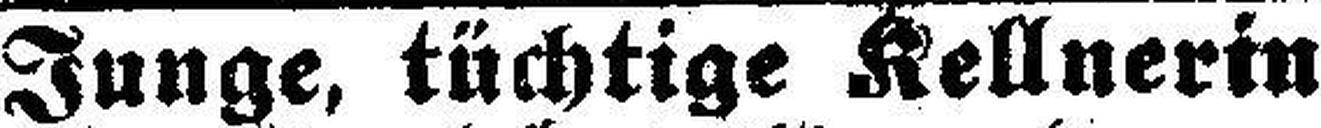
Junge, tüchtige Kellnerin